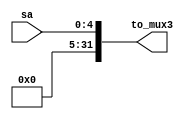
`timescale 1ns / 1ps
//////////////////////////////////////////////////////////////////////////////////
// Company: 
// Engineer: 
// 
// Design Name: 
// Module Name: Ext5
// Project Name: 
// Target Devices: 
// Tool Versions: 
// Description: 
// 
// Dependencies: 
// 
// Revision:
// Revision 0.01 - File Created
// Additional Comments:
// 
//////////////////////////////////////////////////////////////////////////////////


module Ext5(
    input [4 : 0] sa,
    output [31 : 0] to_mux3
    );
    assign to_mux3 = {{(32 - 5){1'b0}},sa};
endmodule